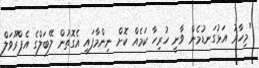
"މިހާރު އަޅުގަނޑުމެން ވާނީ ހުރިހާ ކަމެއް ކޮށް ނިންމާފައި އެގޮތުން ލޭބަލްގެ އެޕްރޫވަލް